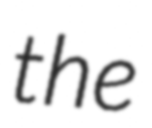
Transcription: the